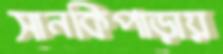
সানকিপাড়ায়